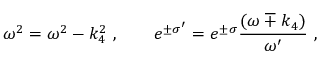
\omega ^ { 2 } = \omega ^ { 2 } - k _ { 4 } ^ { 2 } \ , \qquad e ^ { \pm \sigma ^ { \prime } } = e ^ { \pm \sigma } { \frac { ( \omega \mp k _ { 4 } ) } { \omega ^ { \prime } } } \ ,